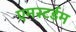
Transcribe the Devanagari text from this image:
एमस्टर्डम